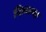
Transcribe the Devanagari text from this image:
दिलल्या